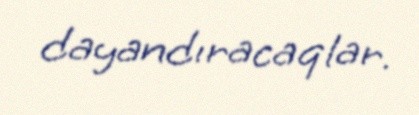
dayandıracaqlar.